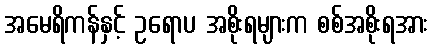
အမေရိကန်နှင့် ဥရောပ အစိုးရများက စစ်အစိုးရအား